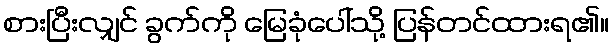
စားပြီးလျှင် ခွက်ကို မြေခုံပေါ်သို့ ပြန်တင်ထားရ၏။